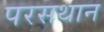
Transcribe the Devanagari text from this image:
परसथान